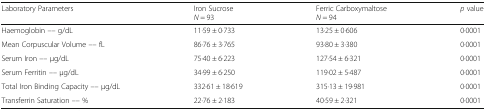
| Laboratory Parameters | Iron SucroseN = 93 | Ferric CarboxymaltoseN = 94 | p value |
 | --- | --- | --- | --- |
 | Haemoglobin –– g/dL | 11·59 ± 0·733 | 13·25 ± 0·606 | 0·0001 |
 | Mean Corpuscular Volume –– fL | 86·76 ± 3·765 | 93·80 ± 3·380 | 0·0001 |
 | Serum Iron –– μg/dL | 75·40 ± 6·223 | 127·54 ± 6·321 | 0·0001 |
 | Serum Ferritin –– μg/dL | 34·99 ± 6·250 | 119·02 ± 5·487 | 0·0001 |
 | Total Iron Binding Capacity –– μg/dL | 332·61 ± 18·619 | 315·13 ± 19·981 | 0·0001 |
 | Transferrin Saturation –– % | 22·76 ± 2·183 | 40·59 ± 2·321 | 0·0001 |